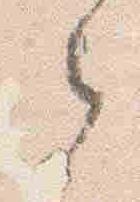
之